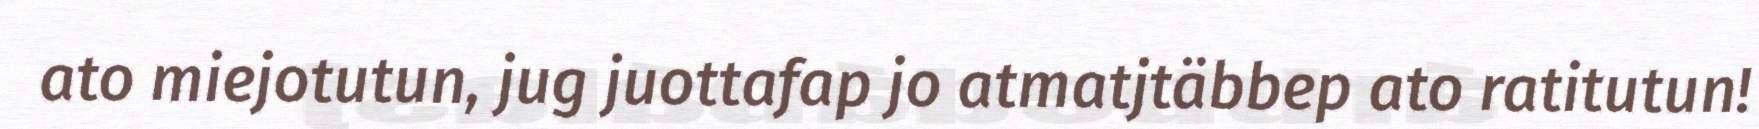
ato miejotutun, jug juottafap jo atmatjtäbbep ato ratitutun!